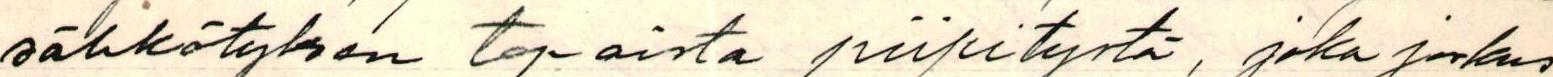
sähkötyksen tapaista piipitystä, joka joskus